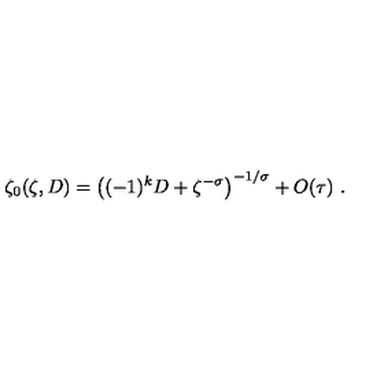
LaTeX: \zeta _ { 0 } ( \zeta , D ) = \left( ( - 1 ) ^ { k } D + \zeta ^ { - \sigma } \right) ^ { - 1 / \sigma } + O ( \tau ) \ .